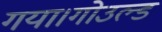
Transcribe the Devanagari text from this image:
गया।गोउल्‍ड